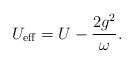
LaTeX: \begin{align*}U_{\mathrm{eff}}=U-\frac{2g^2}{\omega}.\end{align*}